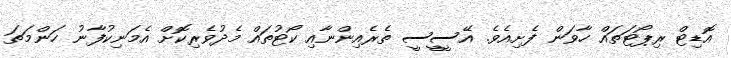
އޮޑިޓް ރިޕޯޓަތައް ހާވަން ފެށިއެވެ. އޭސީީސީ ތެރެއިންނާއި ކޯޓުތައް މެދުވެރިކޮށް އެމަނިކުފާނު ހަންމަތަ